Mental hospitals Bombay report 1921-28 - 1921-1928
Year: 1921
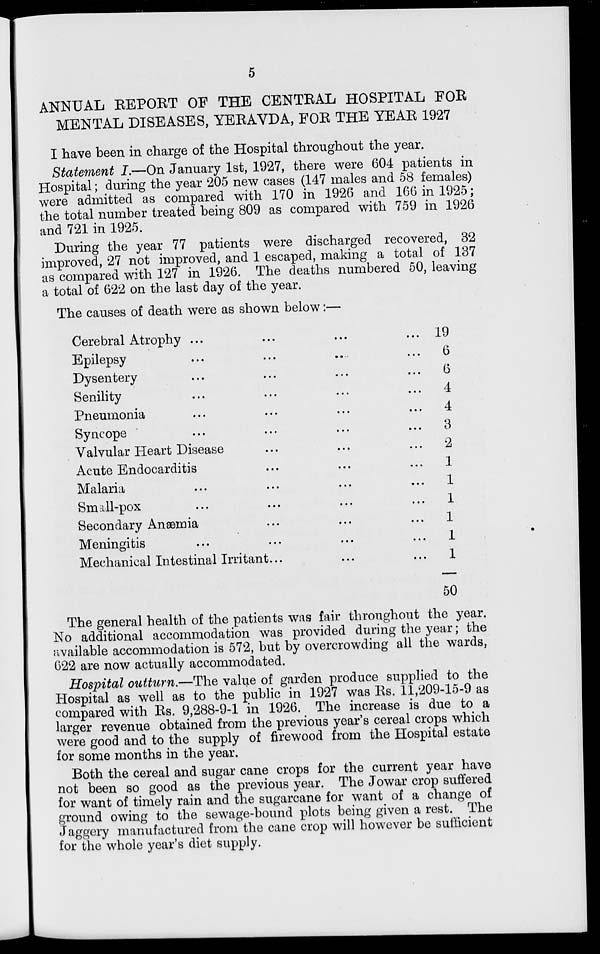
5
ANNUAL REPORT OF THE CENTRAL HOSPITAL FOR
MENTAL DISEASES, YERAVDA, FOR THE YEAR 1927
I have been in charge of the Hospital throughout the year.
Statement I.—On January 1st, 1927, there were 604 patients in
Hospital ; during the year 205 new cases (147 males and 58 females)
were admitted as compared with 170 in 1926 and 166 in 1925;
the total number treated being 809 as compared with 759 in 1926
and 721 in 1925.
During the year 77 patients were discharged recovered, 32
improved, 27 not improved, and 1 escaped, making a total of 137
as compared with 127 in 1926. The deaths numbered 50, leaving
a total of 622 on the last day of the year.
The causes of death were as shown below :—
Cerebral Atrophy ... ... ...
Epilepsy ... ... ...
Dysentery ... ... ...
Senility ... ... ...
Pneumonia ... ... ...
Syncope ... ... ...
Valvular Heart Disease ... ...
Acute Endocarditis ... ... ...
Malaria ... ... ...
Small-pox ... ... ... ...
Secondary Anæmia ... ... ...
Meningitis ... ... ... ...
Mechanical Intestinal Irritant ... .....
19
6
6
4
4
3
2
1
1
1
1
1
1
50
The general health of the patients was fair throughout the year.
No additional accommodation was provided during the year ; the
available accommodation is 572, but by overcrowding all the wards,
622 are now actually accommodated.
Hospital outturn.—The value of garden produce supplied to the
Hospital as well as to the public in 1927 was Rs. 11,209-15-9 as
compared with Rs. 9,288-9-1 in 1926. The increase is due to a
larger revenue obtained from the previous year's cereal crops which
were good and to the supply of firewood from the Hospital estate
for some months in the year.
Both the cereal and sugar cane crops for the current year have
not been so good as the previous year. The Jowar crop suffered
for want of timely rain and the sugarcane for want of a change of
ground owing to the sewage-bound plots being given a rest. The
Jaggery manufactured from the cane crop will however be sufficient
for the whole year's diet supply.